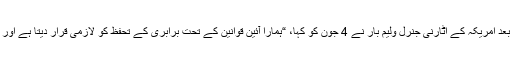
پولیس کے ہاتھوں فلائیڈ کی ہلاکت کے بعد امریکہ کے اٹارنی جنرل ولیم بار نے 4 جون کو کہا، “ہمارا آئین قوانین کے تحت برابری کے تحفظ کو لازمی قرار دیتا ہے اور (ہمیں) اس سے کم کوئی چیز قبول نہیں۔